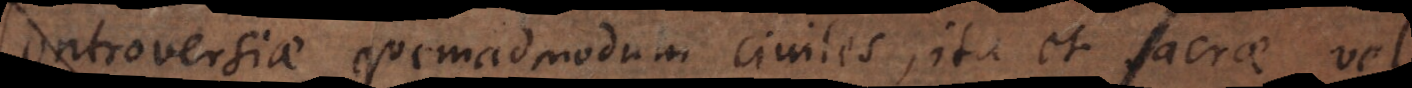
ontroversiae quemadmodum civiles, ita et sacrae vel